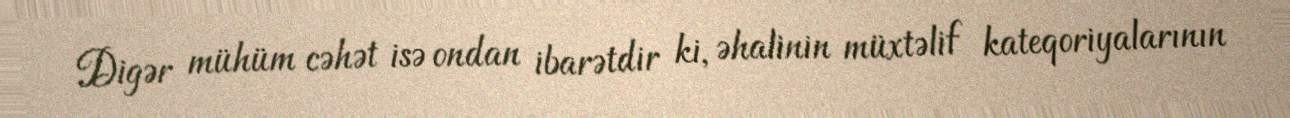
Digər mühüm cəhət isə ondan ibarətdir ki, əhalinin müxtəlif kateqoriyalarının